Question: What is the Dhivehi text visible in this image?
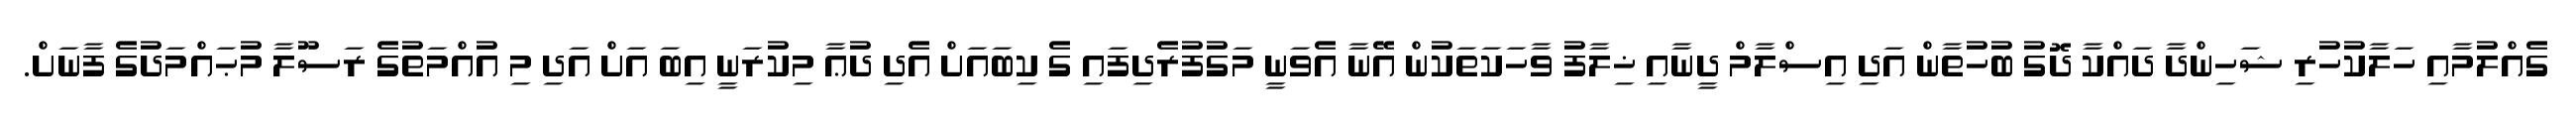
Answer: ގެއްލުމާއި ހަލާކުހުރި ޝަހިންދާ ދައްކާ ދޮގު ބުހުތާން އަދި އިސްލާމް ދީނާއި ޚިލާފު ވާހަކަތަކުން އޭނާ އެވަނީ މަގުފުރެދިފައި ގެ ކިބައަށް އެދި ދުޢާ މިކުރަނީ އިބަ އަށް އަދި މި އުއްމަތުގެ ރަސޫލާ މުޙައްމަދުގެ ފާނަށް.